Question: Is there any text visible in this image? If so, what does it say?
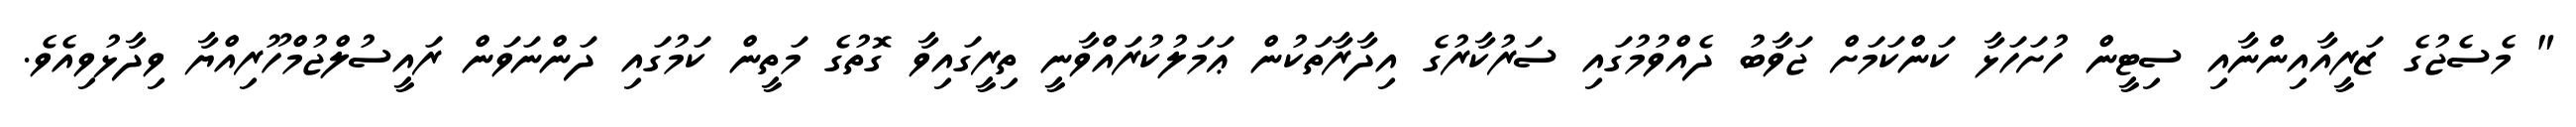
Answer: " މެސެޖުގެ ޒަރީއާއިންނާއި ސިޓީން ހުށަހަޅާ ކަންކަމަށް ޖަވާބު ދެއްވުމުގައި ސަރުކާރުގެ އިދާރާތަކުން ޢަމަލުކުރައްވާނީ ތިރީގައިވާ ގޮތުގެ މަތީން ކަމުގައި ދަންނަވަން ރައީސުލްޖުމްހޫރިއްޔާ ވިދާޅުވިއެވެ.